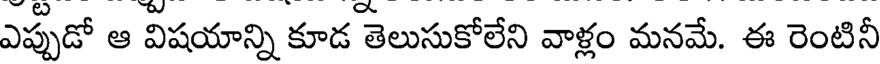
ఎప్పుడో ఆ విషయాన్ని కూడ తెలుసుకోలేని వాళ్లం మనమే. ఈ రెంటినీ